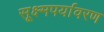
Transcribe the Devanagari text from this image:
सूक्ष्मपर्यावरण